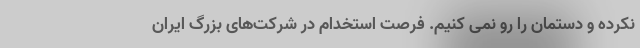
نکرده و دستمان را رو نمی کنیم. فرصت استخدام در شرکت‌های بزرگ ایران